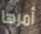
أمرها